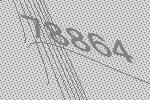
78864